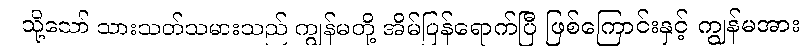
သို့သော် သားသတ်သမားသည် ကျွန်မတို့ အိမ်ပြန်ရောက်ပြီ ဖြစ်ကြောင်းနှင့် ကျွန်မအား